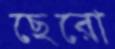
ছেরো